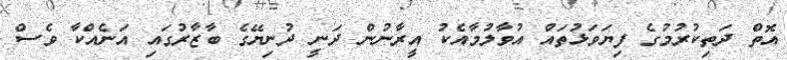
އޮތް ދަތިކުރުމުގެ ފިޔަވަޅުތައް އުވާލުމާއެކު އީރާނުން ދަނީ ދުނިޔޭގެ ބާޒާރުގައި އަނެއްކާ ވެސް